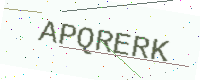
Text: APQRERK